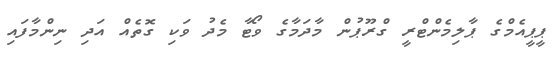
ޕީޕީއެމްގެ ޕާލިމެންޓްރީ ގްރޫޕުން މާދަމާގެ ވޯޓާ މެދު ވަކި ގޮތެއް އަދި ނިންމާފައި